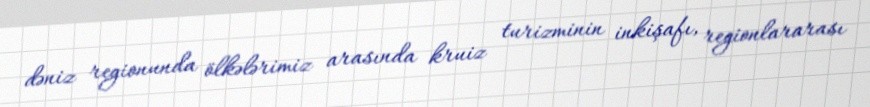
dəniz regionunda ölkələrimiz arasında kruiz turizminin inkişafı, regionlararası